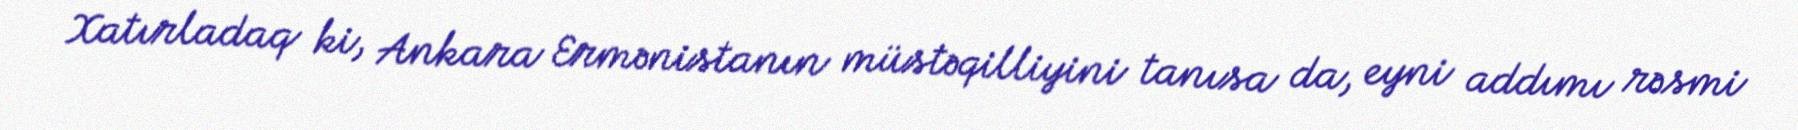
Xatırladaq ki, Ankara Ermənistanın müstəqilliyini tanısa da, eyni addımı rəsmi